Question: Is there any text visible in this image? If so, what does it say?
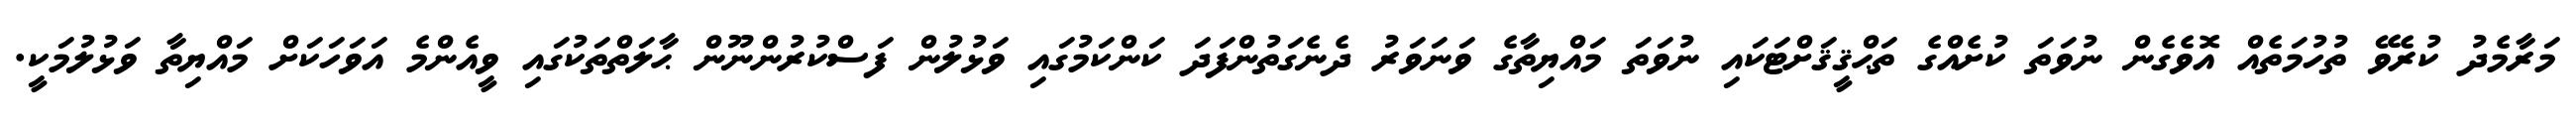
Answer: މަރާމެދު ކުރެވޭ ތުހުމަތެއް އޮވެގެން ނުވަތަ ކުށެއްގެ ތަޙްޤީޤަށްޓަކައި ނުވަތަ މައްޔިތާގެ ވަނަވަރު ދެނެގަތުންފަދަ ކަންކަމުގައި ވަޅުލުން ފަސްކުރުންނޫން ޙާލަތްތަކުގައި ވީއެންމެ އަވަހަކަށް މައްޔިތާ ވަޅުލުމަކީ.